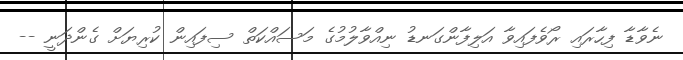
ނެވާޑާ ފިހާރައި ރޯވެފައިވާ އަލިފާންގަނޑު ނިއްވާލުމުގެ މަސައްކަތް ސިފައިން ކުރިޔަށް ގެންދަނީ --